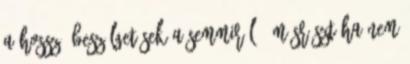
a hosszú beszélgetések a semmiről – másrészt ha nem